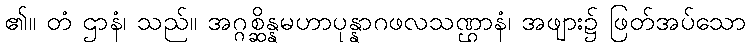
၏။ တံ ဌာနံ၊ သည်။ အဂ္ဂစ္ဆိန္နမဟာပုန္နာဂဖလသဏ္ဌာနံ၊ အဖျား၌ ဖြတ်အပ်သော